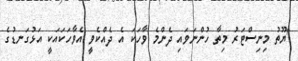
"ޔޫތު މިނިސްޓަރު މިތާ ހުންނަވައި ދެންމެ ވާހަކަ އެ ދެއްކެވީ އެވާހަކައަކީ އަޅުގަނޑުގެ